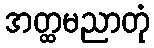
အတ္ထမညာတုံ